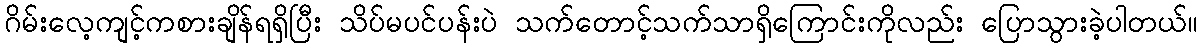
ဂိမ်းလေ့ကျင့်ကစားချိန်ရရှိပြီး သိပ်မပင်ပန်းပဲ သက်တောင့်သက်သာရှိကြောင်းကိုလည်း ပြောသွားခဲ့ပါတယ်။